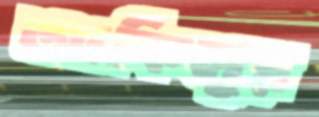
আকিলুর